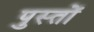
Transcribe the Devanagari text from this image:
पुस्तों